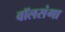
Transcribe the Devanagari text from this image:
वॉलसंगा